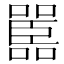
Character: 嚚